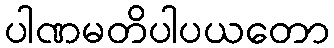
ပါဏမတိပါပယတော